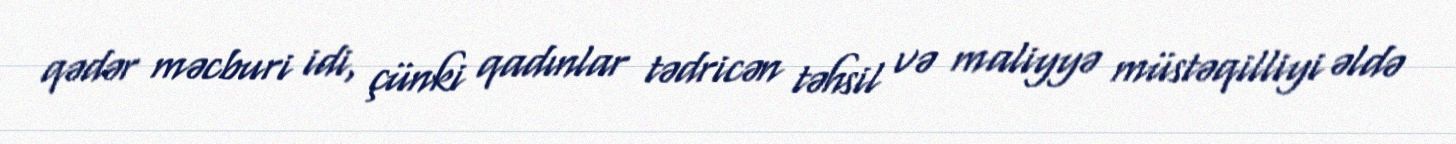
qədər məcburi idi, çünki qadınlar tədricən təhsil və maliyyə müstəqilliyi əldə